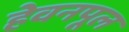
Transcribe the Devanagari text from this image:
हेवनपूल